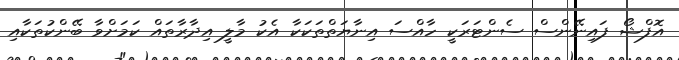
އޮފްޝޯ ފައިނޭންސް ސެންޓަރަކީ ހާއްސަ އިނާޔަތްތަކަކާ އެކު މާލީ އިދާރާތައް ކަމަށްވާ ބޭންކުތަކާއި